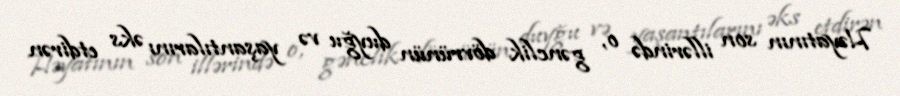
Həyatının son illərində o, gənclik dövrünün duyğu və yaşantılarını əks etdirən